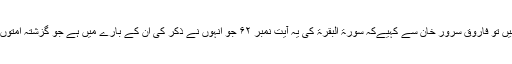
ّآپ چونکہ اس فورم پر موجود ہیں تو فاروق سرور خان سے کہیےکہ سورۃ البقرۃ کی یہ آیت نمبر ۶۲ جو انہوں نے ذکر کی ان کے بارے میں ہے جو گزشتہ امتوں کے زمانے میں گزرے تھے ۔